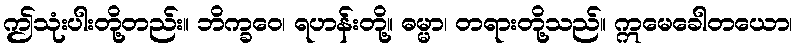
ဤသုံးပါးတို့တည်း။ ဘိက္ခဝေ၊ ရဟန်းတို့။ ဓမ္မာ၊ တရားတို့သည်။ ဣမေခေါတယော၊